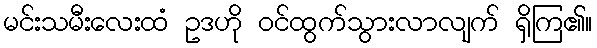
မင်းသမီးလေးထံ ဥဒဟို ဝင်ထွက်သွားလာလျက် ရှိကြ၏။